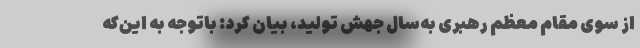
از سوی مقام معظم رهبری به‌سال جهش تولید، بیان کرد: باتوجه به این‌که